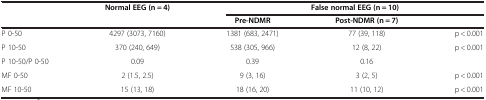
<table><thead><tr><td><b> </b></td><td><b>Normal EEG (n = 4)</b></td><td colspan="3"><b>False normal EEG (n = 10)</b></td></tr><tr><td><b> </b></td><td><b> </b></td><td><b>Pre-NDMR</b></td><td><b>Post-NDMR (n = 7)</b></td><td><b> </b></td></tr></thead><tbody><tr><td>P 0-50</td><td>4297 (3073, 7160)</td><td>1381 (683, 2471)</td><td>77 (39, 118)</td><td>p &lt; 0.001</td></tr><tr><td>P 10-50</td><td>370 (240, 649)</td><td>538 (305, 966)</td><td>12 (8, 22)</td><td>p &lt; 0.001</td></tr><tr><td>P 10-50/P 0-50</td><td>0.09</td><td>0.39</td><td>0.16</td><td> </td></tr><tr><td>MF 0-50</td><td>2 (1.5, 2.5)</td><td>9 (3, 16)</td><td>3 (2, 5)</td><td>p &lt; 0.001</td></tr><tr><td>MF 10-50</td><td>15 (13, 18)</td><td>18 (16, 20)</td><td>11 (10, 12)</td><td>p &lt; 0.001</td></tr></tbody></table>